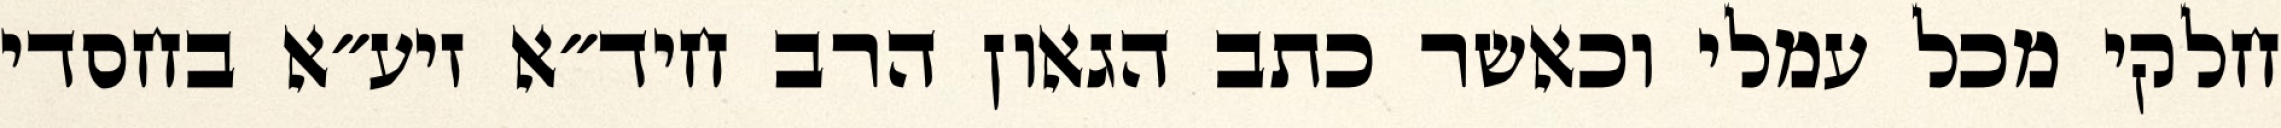
חלקי מכל עמלי וכאשר כתב הגאון הרב חיד״א זיע״א בחסדי